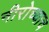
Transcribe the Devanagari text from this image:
नीरोच्याच